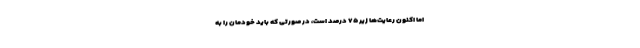
اما اکنون رعایت‌ها زیر ۷۵ درصد است، در صورتی که باید خودمان را به